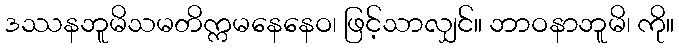
ဒဿနဘူမိသမတိက္ကမနေနေဝ၊ ဖြင့်သာလျှင်။ ဘာဝနာဘူမိ၊ ကို။